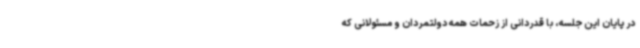
در پایان این جلسه، با قدردانی از زحمات همه دولتمردان و مسئولانی که